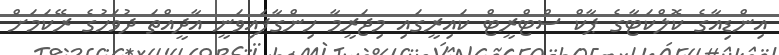
އިންޑިއާގެ ކޮލްކަޓާގެ ޕާކް ސްޓްރީޓް ކައިރީގައި މިޖަރީމާ ހިންގާފައިވަނީ އާދީއްތަ ދުވަހުގެ ރޭކަމަށް